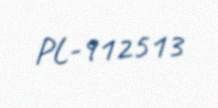
PL-912513